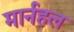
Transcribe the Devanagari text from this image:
मार्नहल